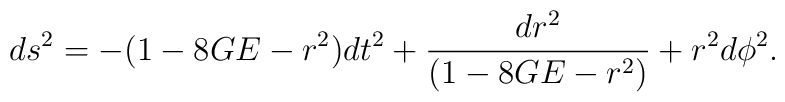
ds^2=-(1-8GE-r^2) dt^2+\frac{dr^2}{(1-8GE-r^2)}+r^2 d\phi^2.